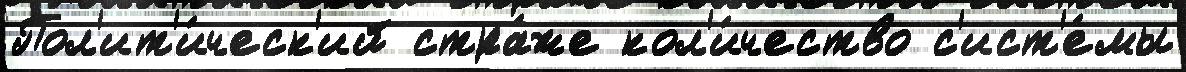
Пол'ит'и́ческ'ий стра́же кол'и́чество с'ист'е́мы